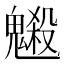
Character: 𩴇